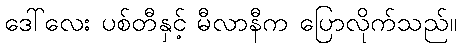
ဒေါ်လေး ပစ်တီနှင့် မီလာနီက ပြောလိုက်သည်။